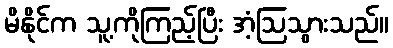
မိနိုင်က သူ့ကိုကြည့်ပြီး အံ့ဩသွားသည်။